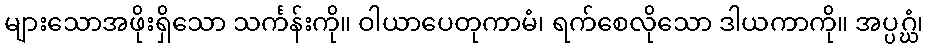
များသောအဖိုးရှိသော သင်္ကန်းကို။ ဝါယာပေတုကာမံ၊ ရက်စေလိုသော ဒါယကာကို။ အပ္ပဂ္ဃံ၊